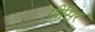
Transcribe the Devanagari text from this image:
गीसिर